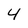
Character: 4